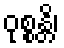
ဝုစ္စန္တိ၊